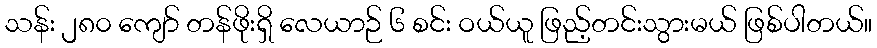
သန်း ၂၈၀ ကျော် တန်ဖိုးရှိ လေယာဉ် ၆ စင်း ဝယ်ယူ ဖြည့်တင်းသွားမယ် ဖြစ်ပါတယ်။